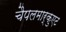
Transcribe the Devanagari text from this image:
चैपलमार्कुएट